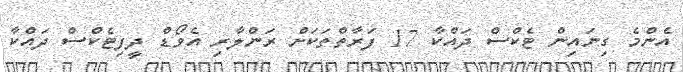
އެންމެ ގިނައިން ޓެކްސް ދައްކާ 17 ފަރާތްތަކަށް ރަންލާރި އެވޯޑް ދީފިޓެކްސް ދައްކާ